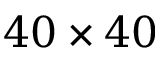
4 0 \times 4 0